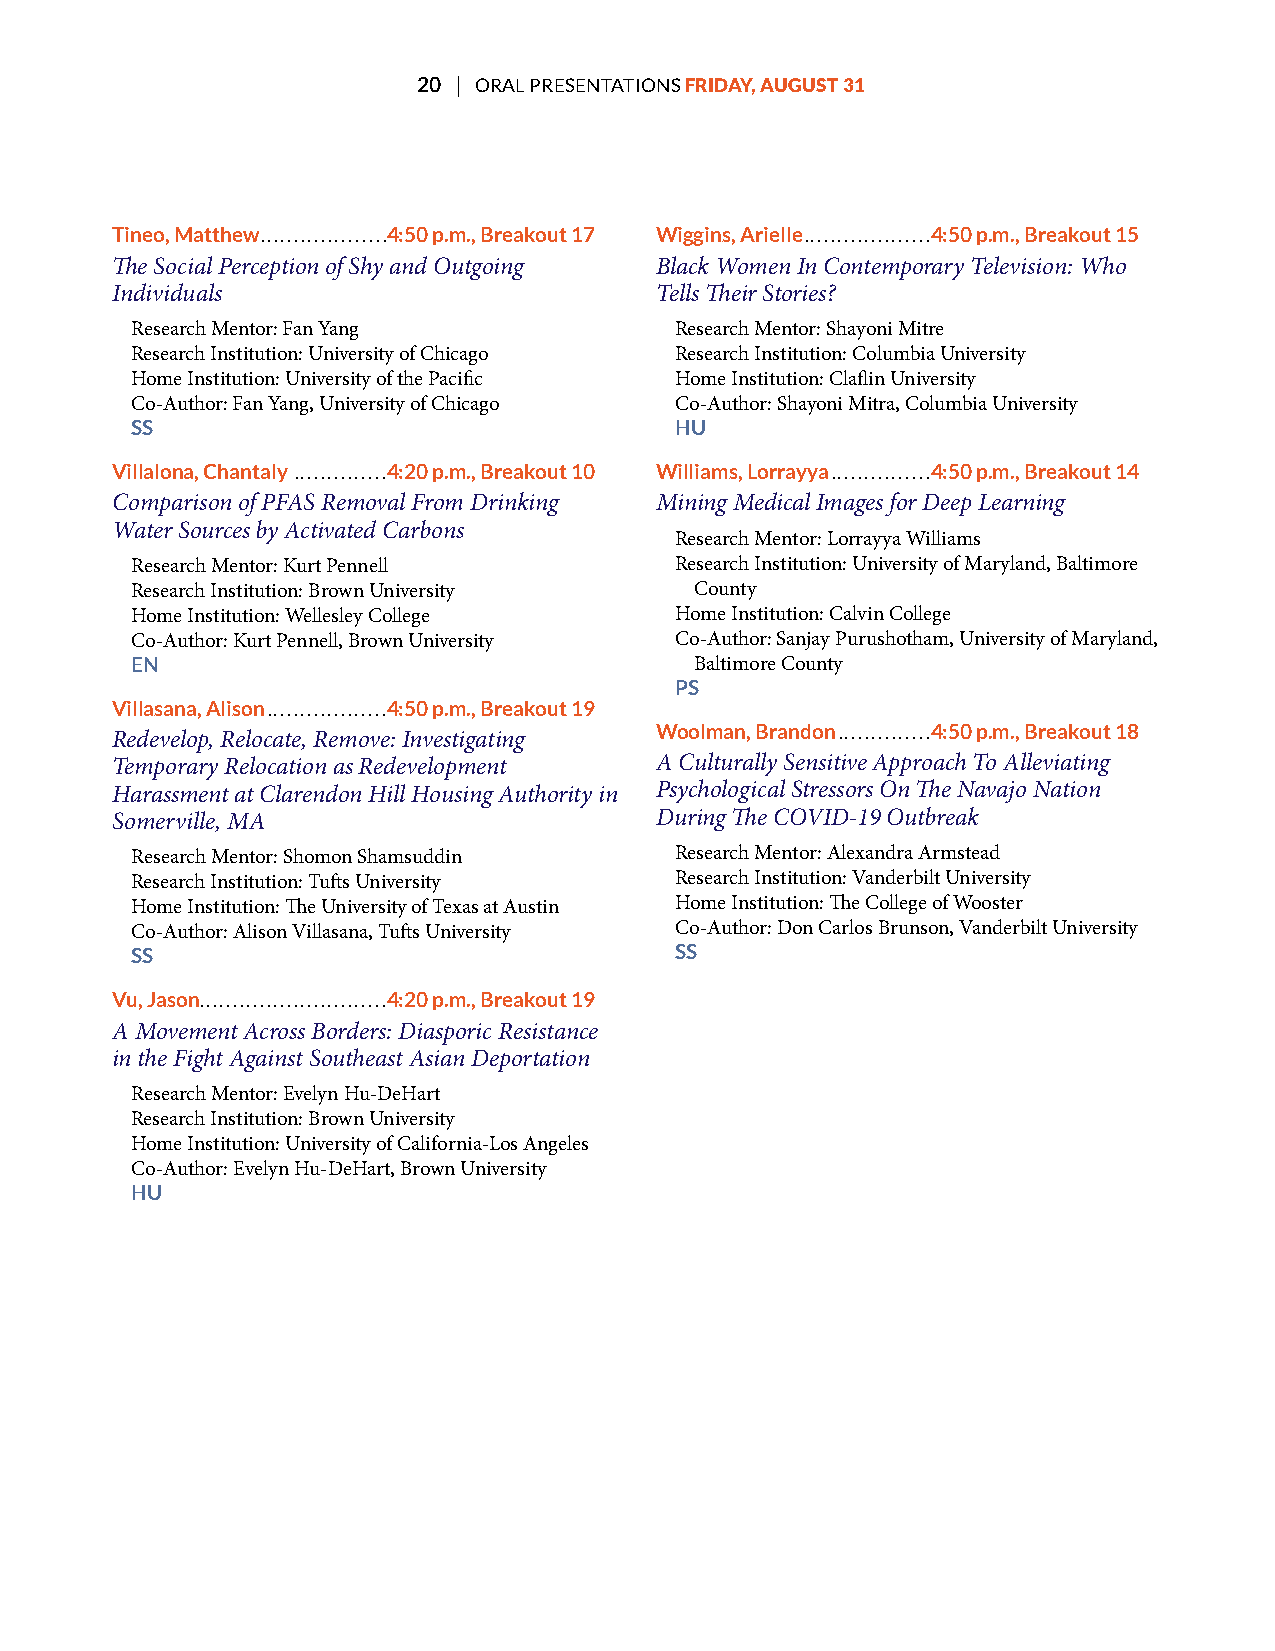
20 | ORAL PRESENTATIONS FRIDAY, AUGUST 31
 Tineo, Matthew ...................4:50 p.m., Breakout 17 Wiggins, Arielle ...................4:50 p.m., Breakout 15
 Te Social Perception of Shy and Outgoing Black Women In Contemporary Television: Who
 Individuals                         Tells Teir Stories?
 Research Mentor: Fan Yang           Research Mentor: Shayoni Mitre
 Research Institution: University of Chicago Research Institution: Columbia University
 Home Institution: University of the Pacifc Home Institution: Clafin University
 Co-Author: Fan Yang, University of Chicago Co-Author: Shayoni Mitra, Columbia University
 SS                                  HU
 Villalona, Chantaly ..............4:20 p.m., Breakout 10 Williams, Lorrayya ...............4:50 p.m., Breakout 14
 Comparison of PFAS Removal From Drinking Mining Medical Images for Deep Learning
 Water Sources by Activated Carbons
 Research Mentor: Lorrayya Williams
 Research Mentor: Kurt Pennell       Research Institution: University of Maryland, Baltimore
 Research Institution: Brown University County
 Home Institution: Wellesley College Home Institution: Calvin College
 Co-Author: Kurt Pennell, Brown University Co-Author: Sanjay Purushotham, University of Maryland,
 EN                                   Baltimore County
 PS
 Villasana, Alison ..................4:50 p.m., Breakout 19
 Woolman, Brandon ..............4:50 p.m., Breakout 18
 Redevelop, Relocate, Remove: Investigating
 Temporary Relocation as Redevelopment A Culturally Sensitive Approach To Alleviating
 Harassment at Clarendon Hill Housing Authority in Psychological Stressors On Te Navajo Nation
 Somerville, MA                      During Te COVID-19 Outbreak
 Research Mentor: Shomon Shamsuddin  Research Mentor: Alexandra Armstead
 Research Institution: Tufs University Research Institution: Vanderbilt University
 Home Institution: Te University of Texas at Austin Home Institution: Te College of Wooster
 Co-Author: Alison Villasana, Tufs University Co-Author: Don Carlos Brunson, Vanderbilt University
 SS                                  SS
 Vu, Jason ............................4:20 p.m., Breakout 19
 A Movement Across Borders: Diasporic Resistance
 in the Fight Against Southeast Asian Deportation
 Research Mentor: Evelyn Hu-DeHart
 Research Institution: Brown University
 Home Institution: University of California-Los Angeles
 Co-Author: Evelyn Hu-DeHart, Brown University
 HU